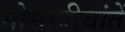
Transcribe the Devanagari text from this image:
गोसावीयांतें